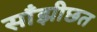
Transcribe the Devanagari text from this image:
साँझीछत